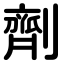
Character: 劑